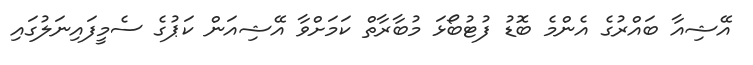
އޭޝިއާ ބައްރުގެ އެންމެ ބޮޑު ފުޓުބޯޅަ މުބާރާތް ކަމަށްވާ އޭޝިއަން ކަޕުގެ ސެމީފައިނަލުގައި